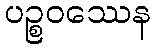
ပဉ္စဝဿေန